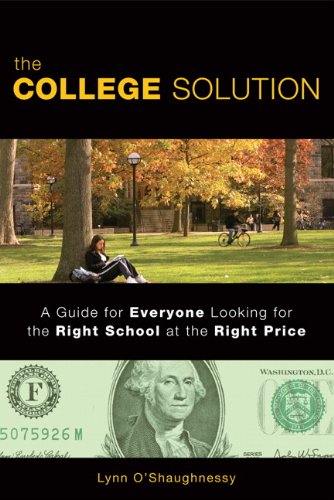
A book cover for The College Solution: A Guide for Everyone Looking for the Right School at the Right Price; Lynn O'Shaughnessy; Business & Money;